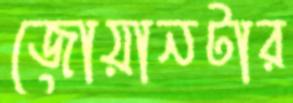
জোয়ানটার